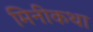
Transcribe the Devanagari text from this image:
मिनीकथा